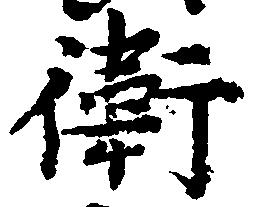
衛